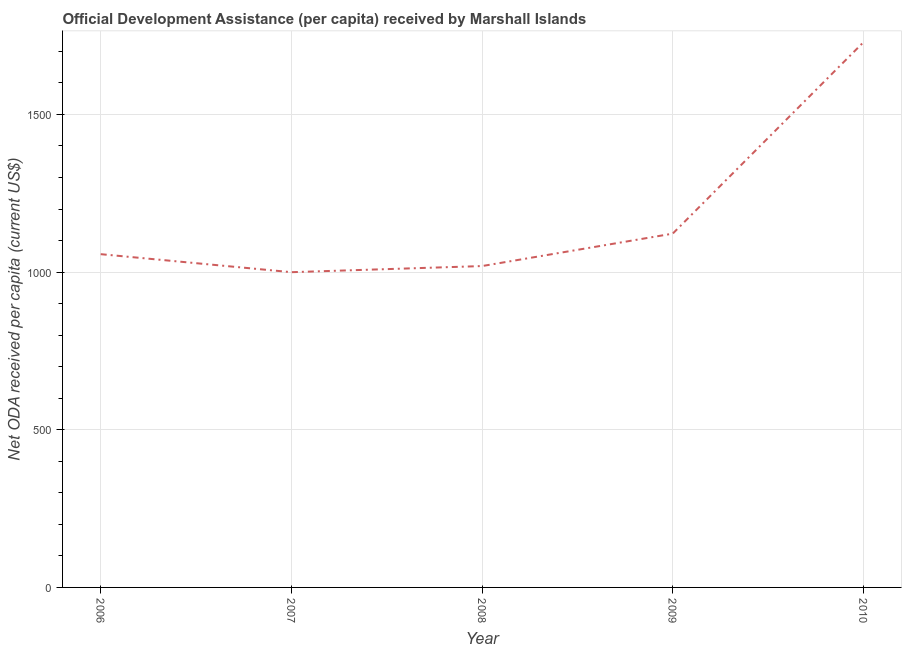
| Year | Net ODA received per capita |
 | --- | --- |
 | 2006 | 1.06e+03 |
 | 2007 | 1e+03 |
 | 2008 | 1.02e+03 |
 | 2009 | 1.12e+03 |
 | 2010 | 1.73e+03 |